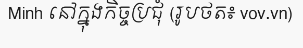
Minh នៅក្នុងកិច្ចប្រជុំ (រូបថត៖ vov.vn)